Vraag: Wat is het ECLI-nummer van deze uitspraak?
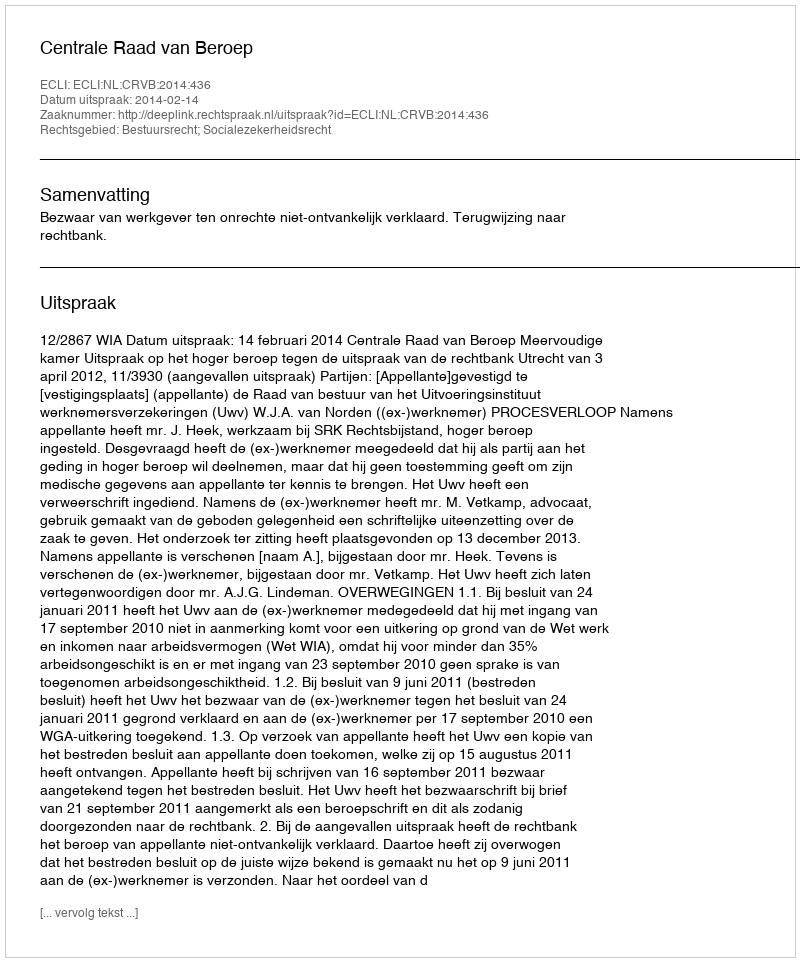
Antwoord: ECLI:NL:CRVB:2014:436